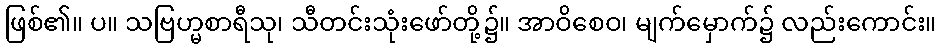
ဖြစ်၏။ ပ။ သဗြဟ္မစာရီသု၊ သီတင်းသုံးဖော်တို့၌။ အာဝိစေဝ၊ မျက်မှောက်၌ လည်းကောင်း။